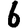
Digit: 6